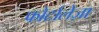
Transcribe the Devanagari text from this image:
फोर्टालेज़ा